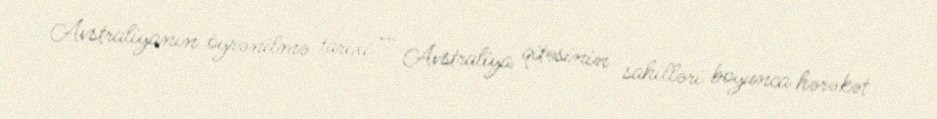
Avstraliyanın öyrənilmə tarixi — Avstraliya qitəsinin sahilləri boyunca hərəkət